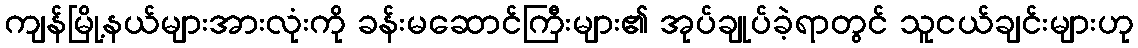
ကျန်မြို့နယ်များအားလုံးကို ခန်းမဆောင်ကြီးများ၏ အုပ်ချုပ်ခဲ့ရာတွင် သူငယ်ချင်းများဟု